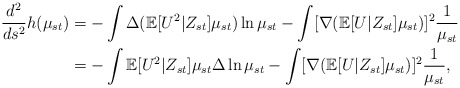
\begin{align*}\frac{d^2}{ds^2}h(\mu_{st})&=-\int\Delta(\mathbb{E}[U^2|Z_{st}]\mu_{st})\ln\mu_{st}-\int[\nabla(\mathbb{E}[U|Z_{st}]\mu_{st})]^2\frac1{\mu_{st}}\\&=-\int\mathbb{E}[U^2|Z_{st}]\mu_{st}\Delta\ln\mu_{st}-\int[\nabla(\mathbb{E}[U|Z_{st}]\mu_{st})]^2\frac1{\mu_{st}},\end{align*}